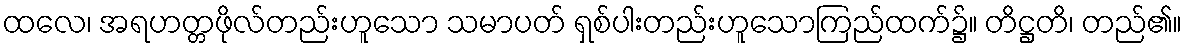
ထလေ၊ အရဟတ္တဖိုလ်တည်းဟူသော သမာပတ် ရှစ်ပါးတည်းဟူသောကြည်ထက်၌။ တိဋ္ဌတိ၊ တည်၏။